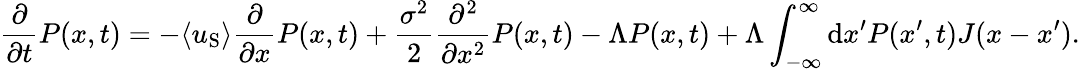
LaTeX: \frac{\partial}{\partial t}P(x,t)=-\langle u_{\mathrm{S}}\rangle\frac{\partial}{\partial x}P(x,t)+\frac{\sigma^{2}}{2}\frac{\partial^{2}}{\partial x^{2}}P(x,t)-\Lambda P(x,t)+\Lambda\int_{-\infty}^{\infty}\mathrm{d}x^{\prime}P(x^{\prime},t)J(x-x^{\prime}).